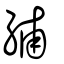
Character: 䋠